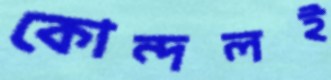
কোন্দলই